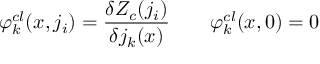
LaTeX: \varphi _ { k } ^ { c l } ( x , j _ { i } ) = { \frac { \delta Z _ { c } ( j _ { i } ) } { \delta j _ { k } ( x ) } } \qquad \varphi _ { k } ^ { c l } ( x , 0 ) = 0